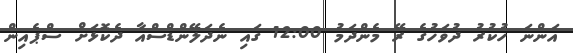
އަންނަ ހުކުރު ދުވަހުގެ ރޭ މެންދަމު 12:00 ގައި ނެދަލޭންޑްސްއާ ދެކޮޅަށް ސްޕެއިން